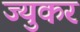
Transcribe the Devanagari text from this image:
ज्युकर